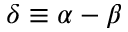
\delta \equiv \alpha - \beta